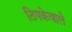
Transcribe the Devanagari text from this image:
ठिपकेवाले